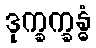
ဒုက္ခက္ခန္ဓံ